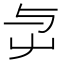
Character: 𡴃